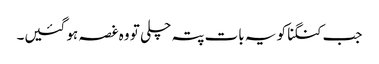
جب کنگنا کو یہ بات پتہ چلی تو وہ غصہ ہو گئیں۔